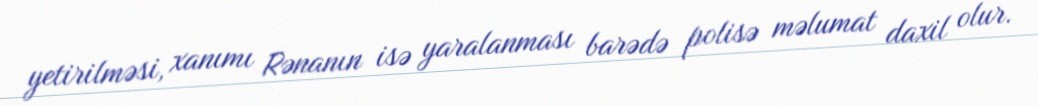
yetirilməsi, xanımı Rənanın isə yaralanması barədə polisə məlumat daxil olur.